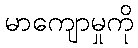
မာကျောမှုကို